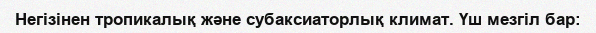
Негізінен тропикалық және субаксиаторлық климат. Үш мезгіл бар: